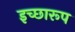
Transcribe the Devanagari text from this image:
इच्छारूप